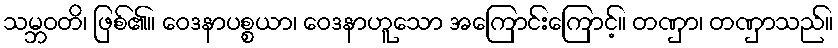
သမ္ဘဝတိ၊ ဖြစ်၏။ ဝေဒနာပစ္စယာ၊ ဝေဒနာဟူသော အကြောင်းကြောင့်။ တဏှာ၊ တဏှာသည်။